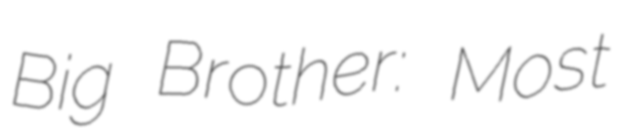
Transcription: Big Brother: Most